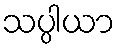
သပ္ပါယာ